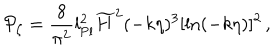
{ \cal P } _ { \zeta } = { \frac { 8 } { \pi ^ { 2 } } } l _ { \mathrm { P l } } ^ { 2 } \widetilde { H } ^ { 2 } ( - k \eta ) ^ { 3 } [ \ln ( - k \eta ) ] ^ { 2 } \, ,